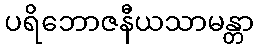
ပရိဘောဇနီယသာမန္တာ